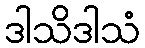
ဒါသိဒါသံ